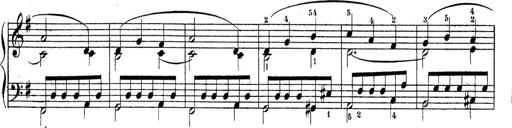
Title: Piano Sonatine No.2
Composer: Peter Piel
Key: G major